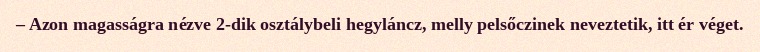
– Azon magasságra nézve 2-dik osztálybeli hegyláncz, melly pelsőczinek neveztetik, itt ér véget.